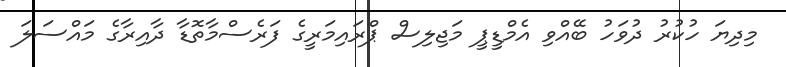
މިދިޔަ ހުކުރު ދުވަހު ބޭއްވި އެމްޑީޕީ މަޖިލިސް ޕްރައިމަރީގެ ފަރެސްމާތޮޑާ ދާއިރާގެ މައްސަލަ